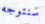
سنتوجه